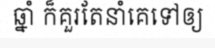
ឆ្នាំ ក៏គួរតែនាំគេទៅឲ្យ